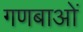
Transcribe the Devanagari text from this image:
गणबाओं